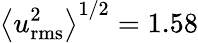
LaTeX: \left\langle u_{\mathrm{rms}}^{2}\right\rangle^{1/2}=1.58